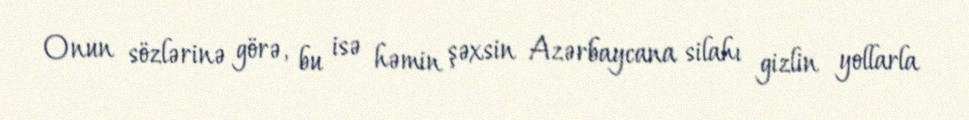
Onun sözlərinə görə, bu isə həmin şəxsin Azərbaycana silahı gizlin yollarla